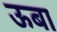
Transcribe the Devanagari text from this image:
ऊबा